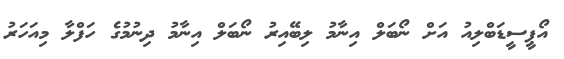
އޯޕީސީޑަބްލިއު އަށް ނޯބަލް އިނާމު ލިބޭއިރު ނޯބަލް އިނާމު ދިނުމުގެ ހަފްލާ މިއަހަރު